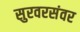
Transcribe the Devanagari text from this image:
सुरवरसंवर